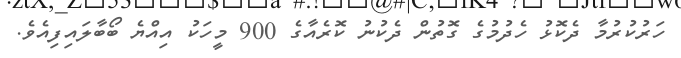
ހަރުކުރުމާ ދެކޮޅު ހެދުމުގެ ގޮތުން ދެކުނު ކޮރެއާގެ 900 މީހަކު އިއްޔެ ބޯބާލައިފިއެވެ.